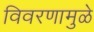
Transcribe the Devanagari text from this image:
विवरणामुळे